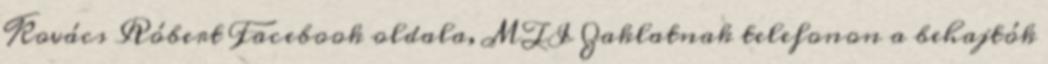
Kovács Róbert Facebook oldala, MTI Zaklatnak telefonon a behajtók